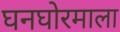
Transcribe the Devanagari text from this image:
घनघोरमाला